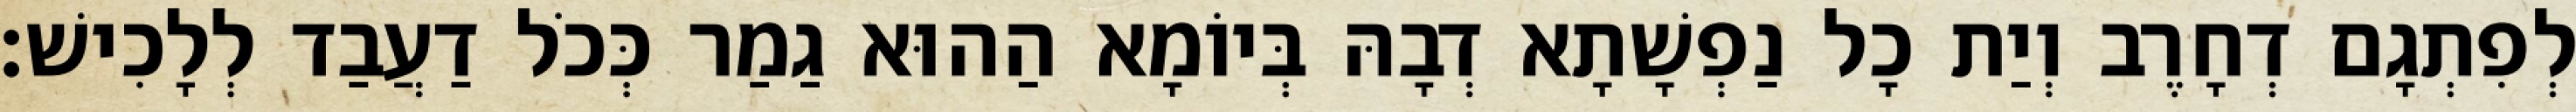
לְפִתְגָם דְחָרֶב וְיַת כָל נַפְשָׁתָא דְבָהּ בְּיוֹמָא הַהוּא גַמַר כְּכֹל דַעֲבַד לְלָכִישׁ׃